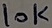
Text: 10K